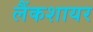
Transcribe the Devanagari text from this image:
लैंकशायर